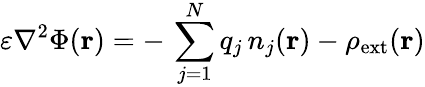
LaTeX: \varepsilon\nabla^{2}\Phi(\mathbf{r})=-\, \sum_{j=1}^{N}q_{j}\, n_{j}(\mathbf{r})-\rho_{\mathrm{{ext}}}(\mathbf{r})